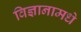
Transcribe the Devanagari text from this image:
विज्ञानामधे